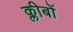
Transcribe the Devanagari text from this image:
क्लीबों